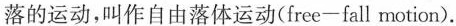
落的运动，叫作自由落体运动(free-fall motion).